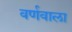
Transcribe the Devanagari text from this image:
वर्णवाला